Vaccination in the Punjab 1883-1896 - 1883-1896
Year: 1883
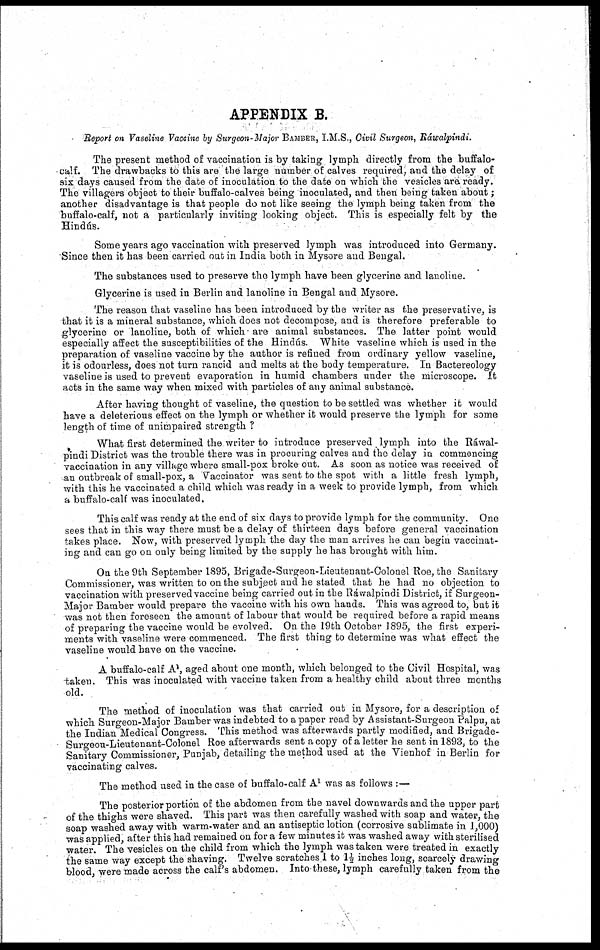
APPENDIX B.
Report on Vaseline Vaccine by Surgeon-Major BAMBER, I.M.S., Civil Surgeon, Ráwalpindi.
The present method of vaccination is by taking lymph directly from the buffalo-
calf. The drawbacks to this are the large number of calves required, and the delay of
six days caused from the date of inoculation to the date on which the vesicles are ready.
The villagers object to their buffalo-calves being inoculated, and then being taken about;
another disadvantage is that people do not like seeing the lymph being taken from the
buffalo-calf, not a particularly inviting looking object. This is especially felt by the
Hindús.
Some years ago vaccination with preserved lymph was introduced into Germany.
Since then it has been carried out in India both in Mysore and Bengal.
The substances used to preserve the lymph have been glycerine and lanoline.
Glycerine is used in Berlin and lanoline in Bengal and Mysore.
The reason that vaseline has been introduced by the writer as the preservative, is
that it is a mineral substance, which does not decompose, and is therefore preferable to
glycerine or lanoline, both of which are animal substances. The latter point would
especially affect the susceptibilities of the Hindús. White vaseline which is used in the
preparation of vaseline vaccine by the author is refined from ordinary yellow vaseline,
it is odourless, does not turn rancid and melts at the body temperature. In Bactereology
vaseline is used to prevent evaporation in humid chambers under the microscope. It
acts in the same way when mixed with particles of any animal substance.
After having thought of vaseline, the question to be settled was whether it would
have a deleterious effect on the lymph or whether it would preserve the lymph for some
length of time of unimpaired strength ?
What first determined the writer to introduce preserved lymph into the Ráwal-
pindi District was the trouble there was in procuring calves and the delay in commencing
vaccination in any village where small-pox broke out. As soon as notice was received of
an outbreak of small-pox, a 'Vaccinator was sent to the spot with a little fresh lymph,
with this he vaccinated a child which was ready in a week to provide lymph, from which
a buffalo-calf was inoculated.
This calf was ready at the end of six days to provide lymph for the community. One
sees that in this way there must be a delay of thirteen days before general vaccination
takes place. Now, with preserved lymph the day the man arrives he can begin vaccinat-
ing and can go on only being limited by the supply he has brought with him.
On the 9th September 1895, Brigade-Surgeon-Lieutenant-Colonel Roe, the Sanitary
Commissioner, was written to on the subject and he stated that he had no objection to
vaccination with preserved vaccine being carried out in the Ráwalpindi District, if Surgeon-
Major Bamber would prepare the vaccine with his own hands. This was agreed to, but it
was not then foreseen the amount of labour that would be required before a rapid means
of preparing the vaccine would be evolved. On the 19th October 1895, the first experi-
ments with vaseline were commenced. The first thing to determine was what effect the
vaseline would have on the vaccine.
A buffalo-calf A 1 , aged about one month, which belonged to the Civil Hospital, was
-taken. This was inoculated with vaccine taken from a healthy child about three months
old.
The method of inoculation was that carried out in Mysore, for a description of
which Surgeon-Major Bamber was indebted to a paper read by Assistant-Surgeon Palpu, at
the Indian Medical Congress. This method was afterwards partly modified, and Brigade¬
Surgeou-Lieutenant-Colonel Roe afterwards sent a copy of a letter he sent in 1893, to the
Sanitary Commissioner, Punjab, detailing the method used at the Vienh of in Berlin for
vaccinating calves.
The method used in the case of buffalo-calf A 1 was as follows :—
The posterior portion of the abdomen from the navel downwards and the upper part
of the thighs were shaved. This part was then carefully washed with soap and water, the
soap washed away with warm-water and an antiseptic lotion (corrosive sublimate in 1,000)
was applied, after this had remained on for a few minutes it was washed away with sterilised
water. The vesicles on the child from which the lymph was taken were treated in exactly
the same way except the shaving. Twelve scratches 1 to 1½ inches long, scarcely drawing
blood, were made across the calf's abdomen. Into these, lymph carefully taken from the